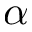
\alpha